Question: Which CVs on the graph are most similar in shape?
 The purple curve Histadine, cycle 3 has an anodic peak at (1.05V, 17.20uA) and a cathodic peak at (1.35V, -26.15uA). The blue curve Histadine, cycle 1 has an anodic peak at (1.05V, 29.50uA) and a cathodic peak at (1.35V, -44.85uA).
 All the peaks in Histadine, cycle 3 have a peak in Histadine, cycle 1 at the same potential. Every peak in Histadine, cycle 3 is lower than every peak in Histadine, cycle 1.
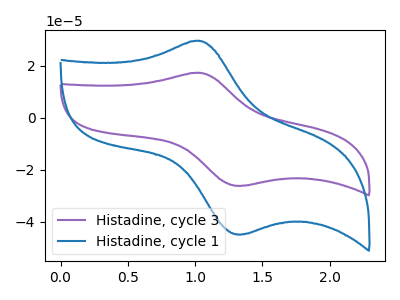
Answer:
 <answer>"Histadine, cycle 1" and "Histadine, cycle 3" have the same shape and are likely CV's of the same chemical.</answer>
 <eval>"Histadine, cycle 1" "Histadine, cycle 3"</eval>